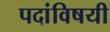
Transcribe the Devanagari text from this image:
पदांविषयी